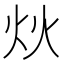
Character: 炏